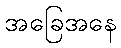
အခြေအနေ